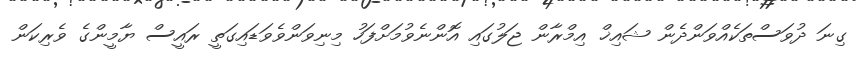
ގިނަ ދުވަސްތަކެއްވަންދެން ޝައިޚް އިމްރާން ޖަލުގައި އޮންނެވުމަށްފަހު މިނިވަންވެވަޑައިގަތީ ރައީސް ޔާމީންގެ ވެރިކަން